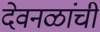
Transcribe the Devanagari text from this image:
देवनळांची